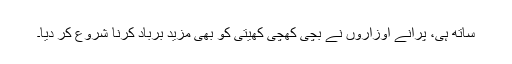
ساتھ ہی، پرانے اوزاروں نے بچی کھُچی کھیتی کو بھی مزید برباد کرنا شروع کر دیا۔